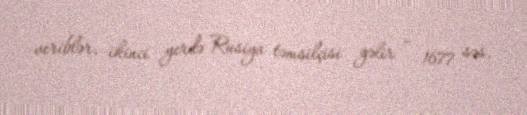
veriblər, ikinci yerdə Rusiya təmsilçisi gəlir - 1677 səs.